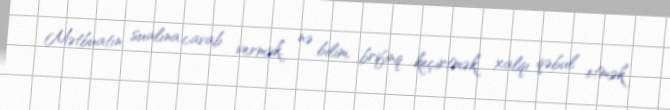
Mətbuatın sualına cavab vermək, nə bilim, brifinq keçirtmək, xalqı qəbul etmək